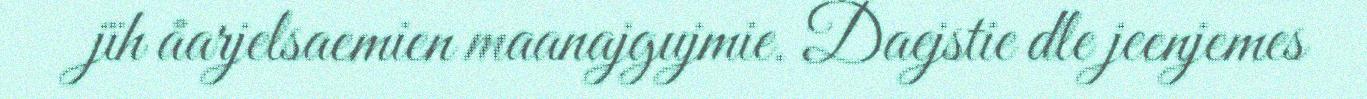
jïh åarjelsaemien maanajgujmie. Daejstie dle jeenjemes